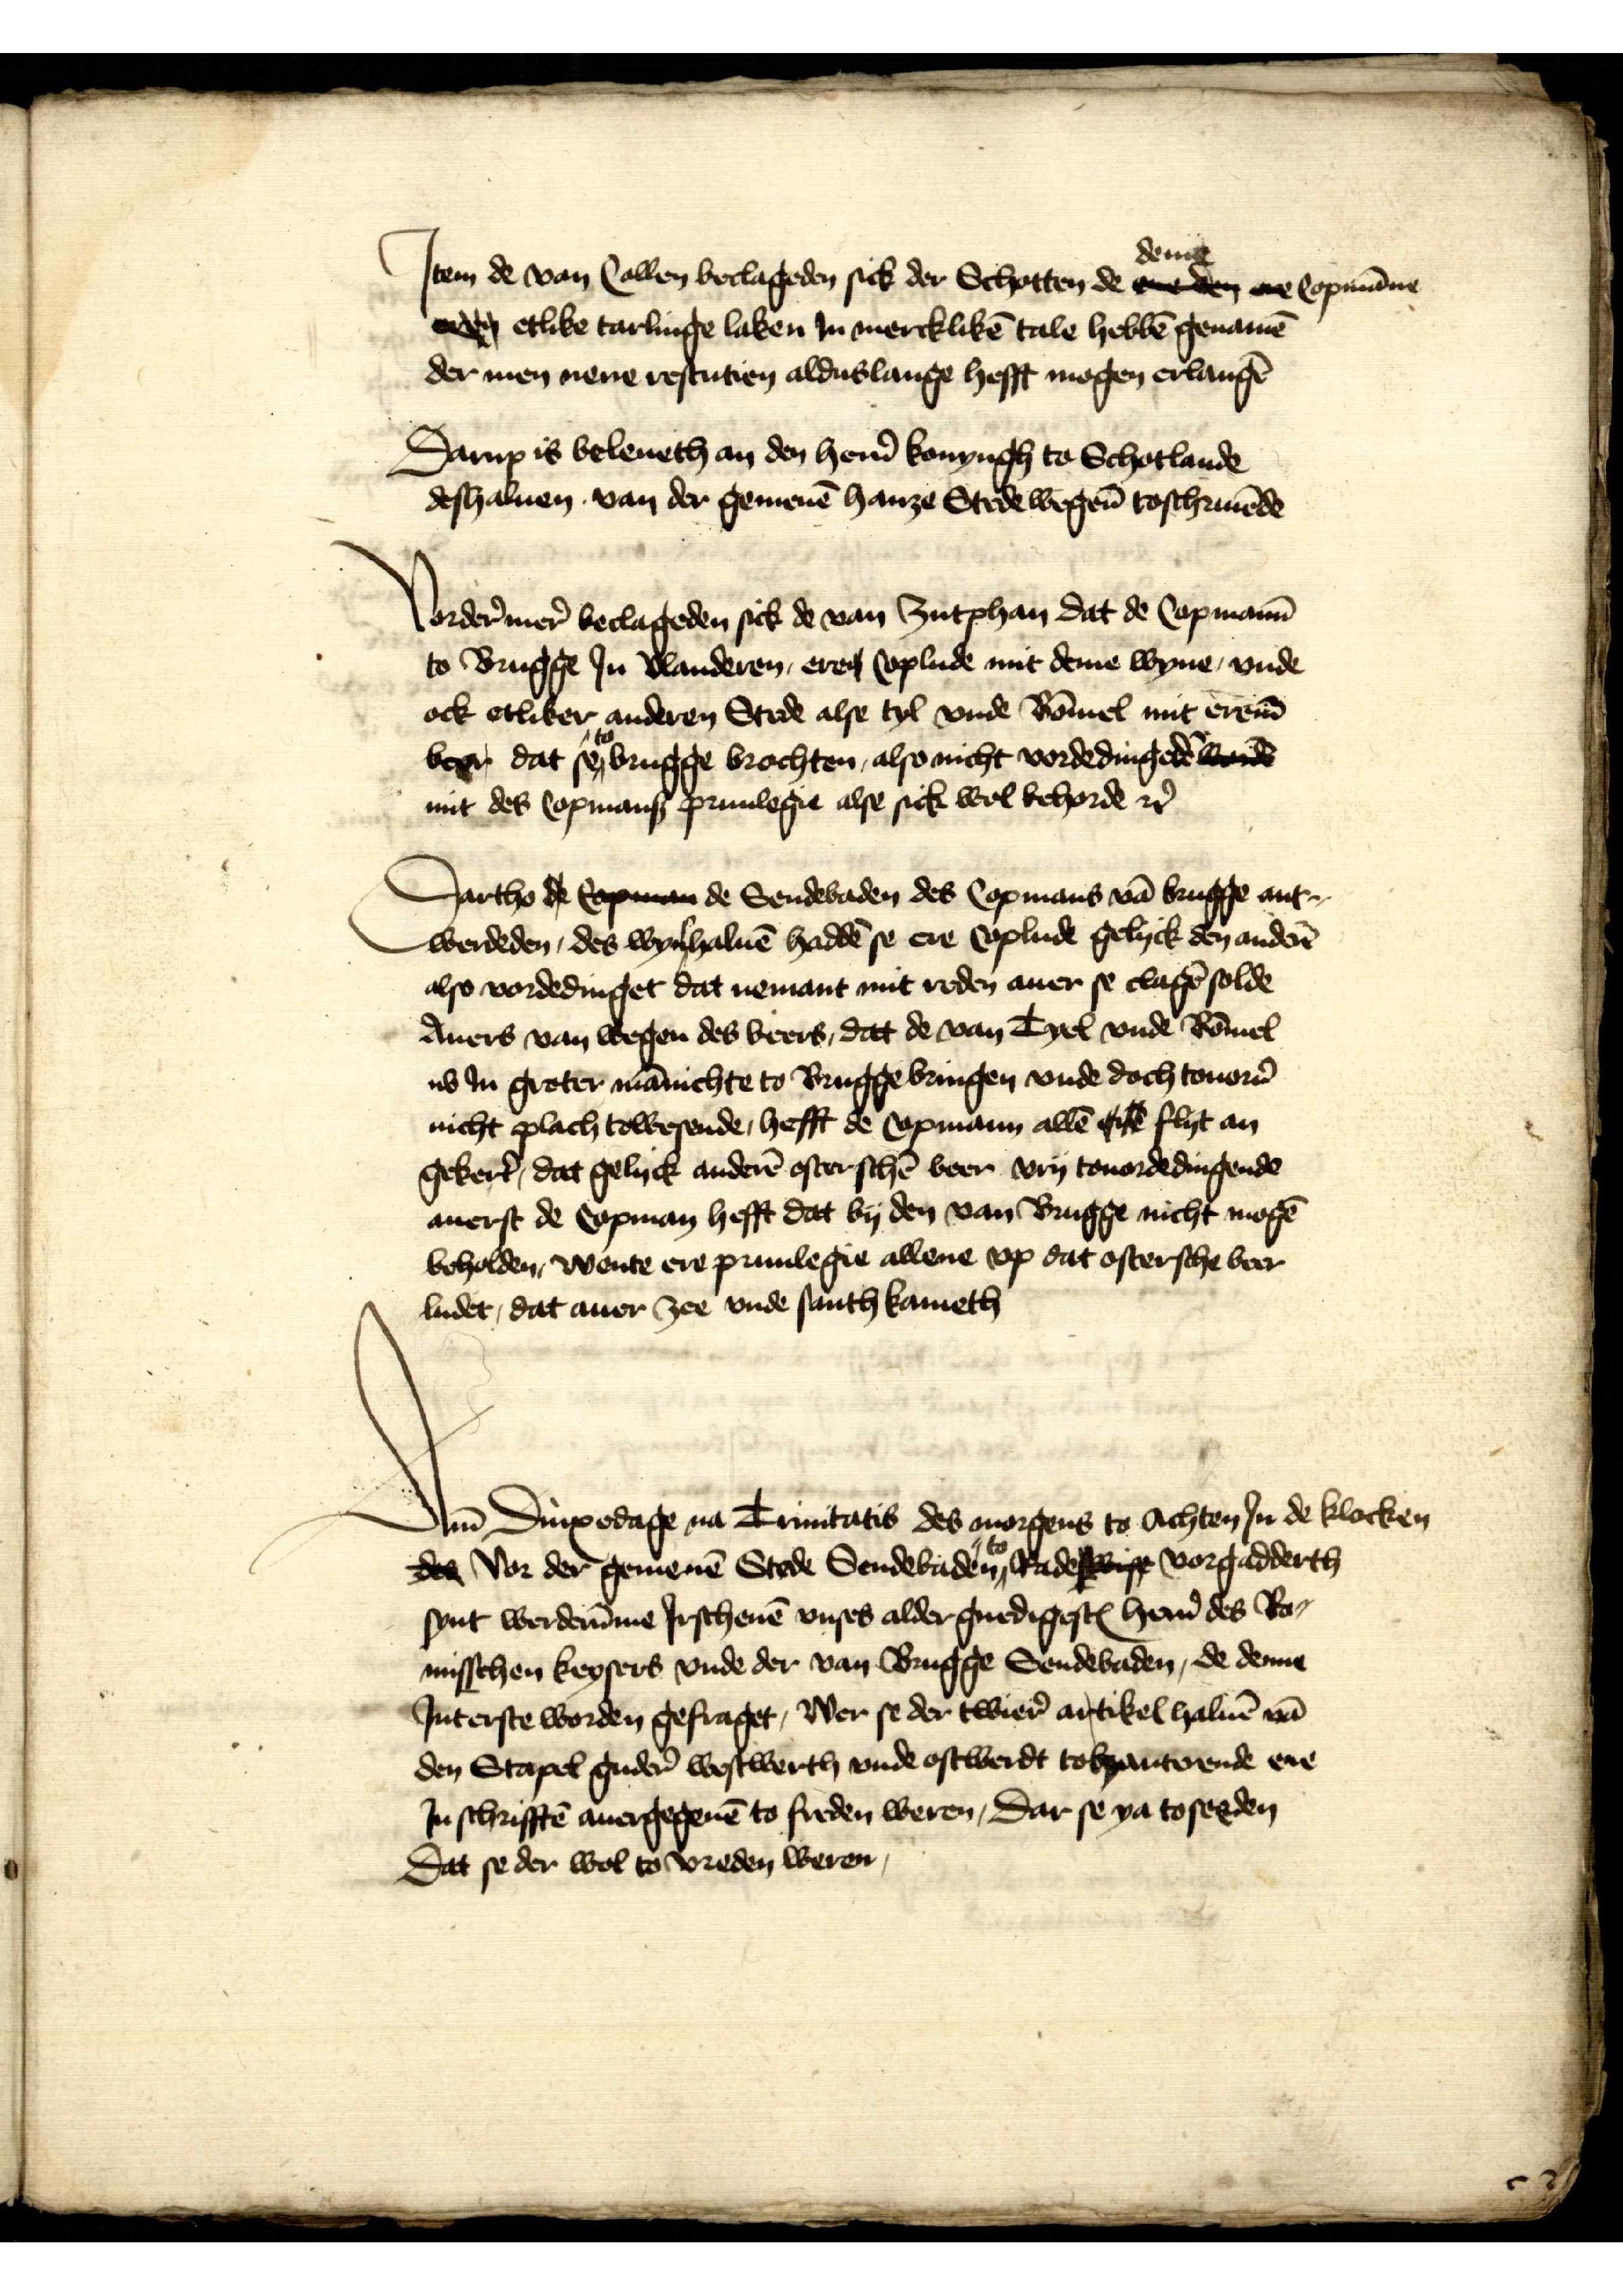
Jtem de van Collen beclageden sick der Schotten de deme Copmāne
men etlike tarlinge laken Jn mercklikē tale hebbē genamē
der men nene restutien alduslange hefft mogen erlangē
Darup is beleueth an den her̉n konyngh to Schotlande
deshaluen van der gemenē hanze Stede wegen toschriuēde

Vordermer beclageden sick de van Zutphan dat de Copmann̄
to Brugge Jn Vlanderen, eres Coplude mit deme wyne, vnde
ock etliker anderen Stede alse tyl vnde Bōmel mit erem̄
beer dat se to brugge brachten, also nicht vordedingedē wnde
mit des Copmans priuilegie alse sick wol behorde etꝬ

Dartho de copman de Sendebaden des Copmans vā brugge ant¬
werdeden, des wyn haluē haddē se ere Coplude gelyck den ander̉n
also vordedinget dat nemant mit reden auer se clagē solde
Auers van wegen des beers, dat de van Tyel vnde Bōmel
nu Jn groter mānichte to Brugge bringen vnde doch touor̉n
nicht plach towesende, hefft de Copmann allē eile flyt an
geker̉t, dat gelyck anderē osterschē beer vry touordedingende
auerst de Copman hefft dat by den van Brugge nicht mogē
beholden, wente ere priuilegie allene vp dat ostersche beer
ludet, dat auer zee vnde santh kameth

Am Dinxedage na Trinitatis des morgens to achten Jn de klocken
des Vor der gemenē Stede Sendebaden to Rades wiss vorgadderth
synt werderūme Jrschenē vnses alder gnedigestꝬ her̉n des Ro¬
misschen keysers, vnde der van Brugge Sendebaden, de deme
Jnt erste worden gefraget, Wer se der twier antikel haluē vā
den Stapel guder westwerth vnde ostwerdt tohanterende ene
Jnschrifftē auergegeuē to freden weren, dar se ya to seeden
Dat se der wol to vreden weren,